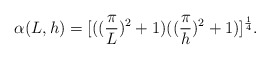
\begin{align*}\alpha_{}(L,h)=[((\frac{\pi}{L})^2+1)((\frac{\pi}{h})^2+1)]^{\frac{1}{4}}.\end{align*}